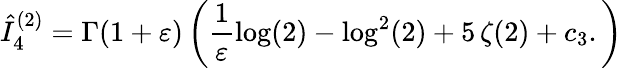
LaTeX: \hat{I}_{4}^{(2)}=\Gamma(1+\varepsilon)\left(\frac{1}{\varepsilon}\log(2)-\log^{2}(2)+5\, \zeta(2)+c_{3}.\right)